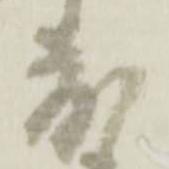
度